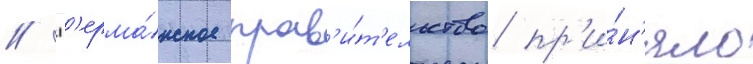
// Г'ерма́нское прав'и́т'ельство пр'и́н'яло